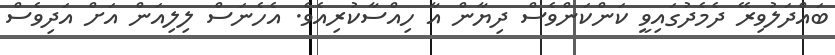
ބައްދަލުވިރޭ ދެމެދުގައިވީ ކަންކަންވެސް ދިޔާން އާ ހިއްސާކުރިއެވެ. އެހެނަސް ލިލިއަން އަށް އަދިވެސް